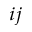
_ { i j }